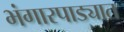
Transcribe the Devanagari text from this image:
भंगारपाड्यात